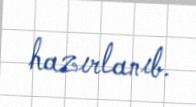
hazırlanıb.